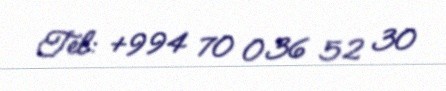
Tel: +994 70 036 52 30